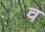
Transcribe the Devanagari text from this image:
व